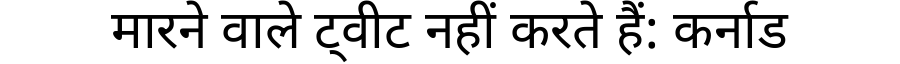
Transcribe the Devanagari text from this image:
मारने वाले ट्वीट नहीं करते हैं: कर्नाड